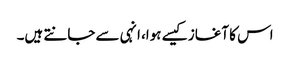
اس کا آغاز کیسے ہوا، انہی سے جانتے ہیں۔